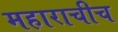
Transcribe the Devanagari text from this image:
महाराचीच